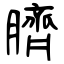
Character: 臍